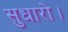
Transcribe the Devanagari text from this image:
सुधारो।